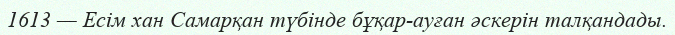
1613 — Есім хан Самарқан түбінде бұқар-ауған әскерін талқандады.